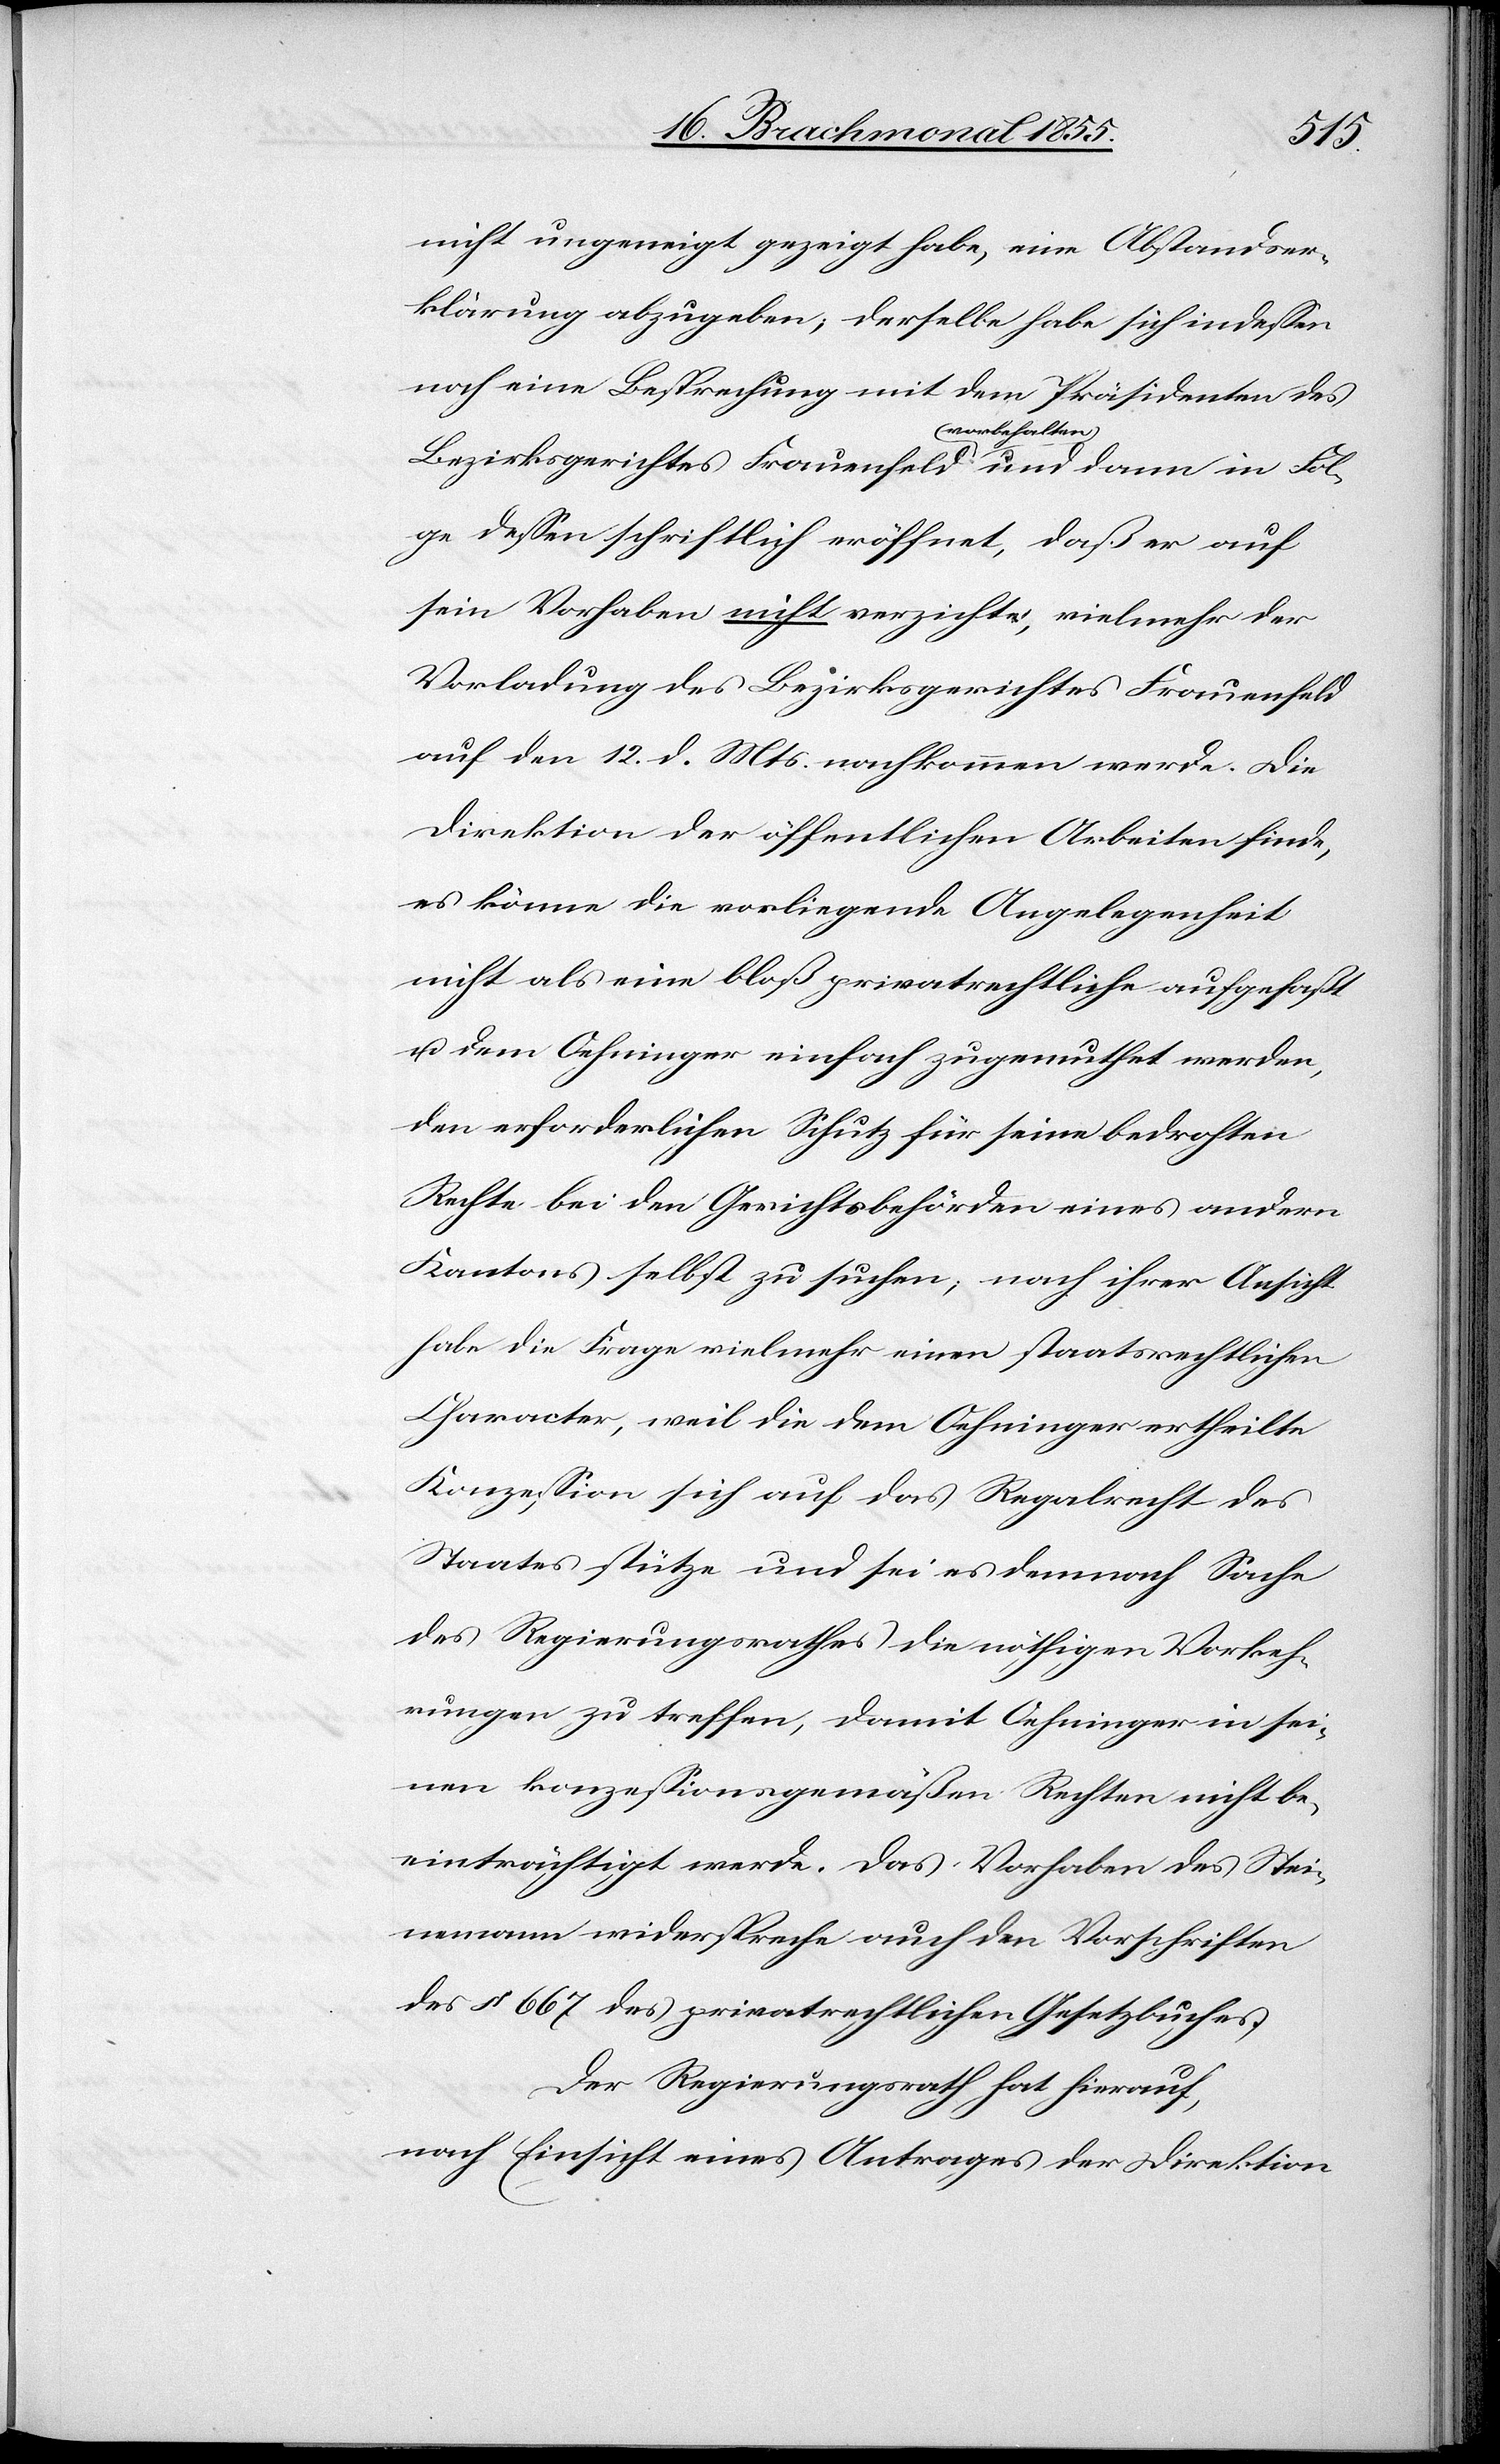
nicht ungeneigt gezeigt habe, eine Abstandser¬
klärung abzugeben; derselbe habe sich indessen
noch eine Besprechung mit dem Präsidenten des
Bezirksgerichtes Frauenfeld vorbehalten und dann in Fol¬
ge dessen schriftlich eröffnet, daß er auf
sein Vorhaben nicht verzichte, vielmehr der
Vorladung des Bezirksgerichtes Frauenfeld
auf den 12. d. Mts. nachkommen werde. Die
Direktion der öffentlichen Arbeiten finde,
es könne die vorliegende Angelegenheit
nicht als eine bloß privatrechtliche aufgefaßt
u. dem Oehninger einfach zugemuthet werden,
den erforderlichen Schutz für seine bedrohten
Rechte bei den Gerichtsbehörden eines andern
Kantons selbst zu suchen; nach ihrer Ansicht
habe die Frage vielmehr einen staatsrechtlichen
Character, weil die dem Oehninger ertheilte
Konzession sich auf das Regalrecht des
Staates stütze und sei es demnach Sache
des Regierungsrathes die nöthigen Vorkeh¬
rungen zu treffen, damit Oehninger in sei¬
nen konzessionsgemäßen Rechten nicht be¬
einträchtigt werde. Das Vorhaben des Stei¬
nemann widerspreche auch den Vorschriften
des § 667 des privatrechtlichen Gesetzbuches.
Der Regierungsrath hat hierauf,
nach Einsicht eines Antrages der Direktion